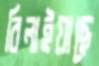
বিলাইয়াছে